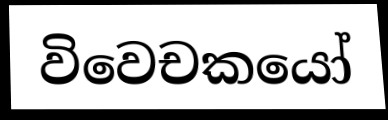
විවෙචකයෝ